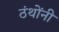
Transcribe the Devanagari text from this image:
ठंथोंनी